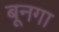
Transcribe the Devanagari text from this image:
बूनगा